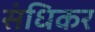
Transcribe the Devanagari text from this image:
संधिकर